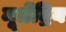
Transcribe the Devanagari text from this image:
मूत्रेंद्रिय